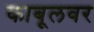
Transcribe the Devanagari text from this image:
काबूलवर